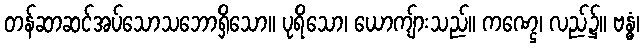
တန်ဆာဆင်အပ်သောသဘောရှိသော။ ပုရိသော၊ ယောကျ်ားသည်။ ကဏ္ဌေ၊ လည်၌။ ဗန္ဓံ၊